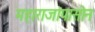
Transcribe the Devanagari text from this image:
महाराजांपासोन